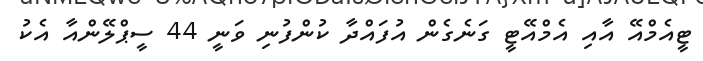
ޓީއެމްއޭ އާއި އެމްއޭޓީ ގަނެގެން އުފައްދާ ކުންފުނި ވަނީ 44 ސީޕްލޭންއާ އެކު